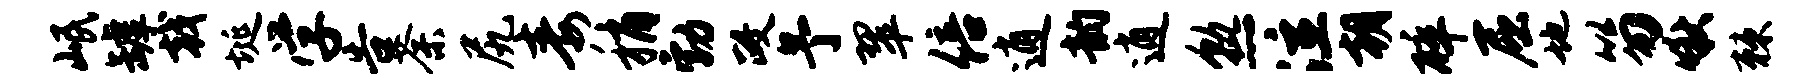
岷罅戟埏学告荼尻毒稍勃政予翠倍逍韵逍熟泣朝碎屈地笏啾棘